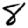
Digit: 8